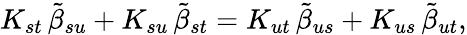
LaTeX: K_{st}\, {\tilde{\beta}}_{su}+K_{su}\, {\tilde{\beta}}_{st}=K_{ut}\, {\tilde{\beta}}_{us}+K_{us}\, {\tilde{\beta}}_{ut},